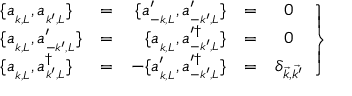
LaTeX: \left. { \begin{array} { l c r c c } { { \{ a _ { _ { k , L } } , a _ { _ { k ^ { \prime } , L } } \} } } & { { = } } & { { \; \{ a _ { _ { - k , L } } ^ { \prime } , a _ { _ { - k ^ { \prime } , L } } ^ { \prime } \} } } & { { = } } & { { 0 } } \\ { { \{ a _ { _ { k , L } } , a _ { _ { - k ^ { \prime } , L } } ^ { \prime } \} } } & { { = } } & { { \{ a _ { _ { k , L } } , a _ { _ { - k ^ { \prime } , L } } ^ { \prime \dagger } \} } } & { { = } } & { { 0 } } \\ { { \{ a _ { _ { k , L } } , a _ { _ { k ^ { \prime } , L } } ^ { \dagger } \} } } & { { = } } & { { - \{ a _ { _ { k , L } } ^ { \prime } , a _ { _ { - k ^ { \prime } , L } } ^ { \prime \dagger } \} } } & { { = } } & { { \delta _ { \vec { k } , \vec { k ^ { \prime } } } } } \end{array} } \right\}